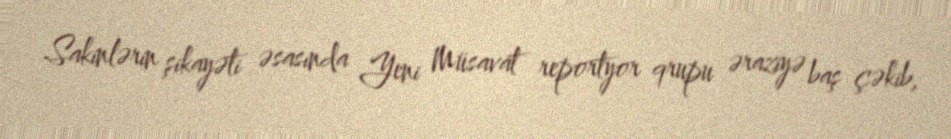
Sakinlərin şikayəti əsasında Yeni Müsavat reportyor qrupu əraziyə baş çəkib,